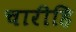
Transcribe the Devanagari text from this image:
चारीहि